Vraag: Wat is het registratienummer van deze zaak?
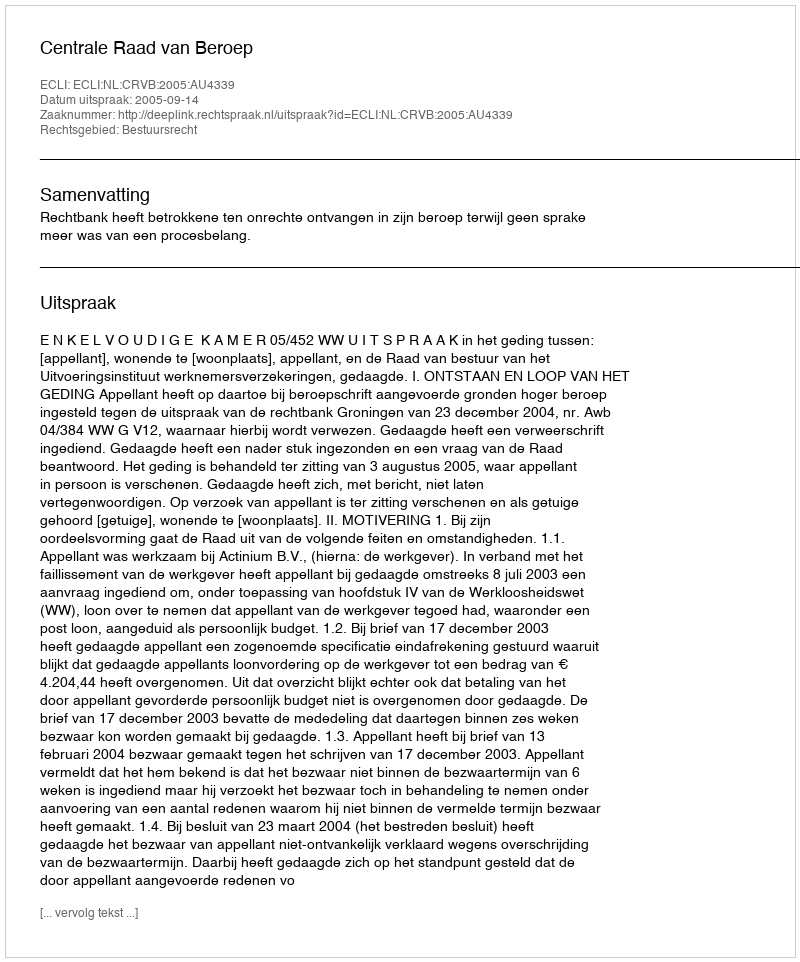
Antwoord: http://deeplink.rechtspraak.nl/uitspraak?id=ECLI:NL:CRVB:2005:AU4339